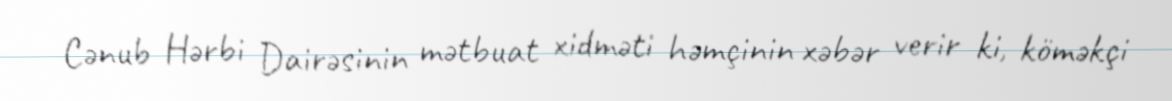
Cənub Hərbi Dairəsinin mətbuat xidməti həmçinin xəbər verir ki, köməkçi